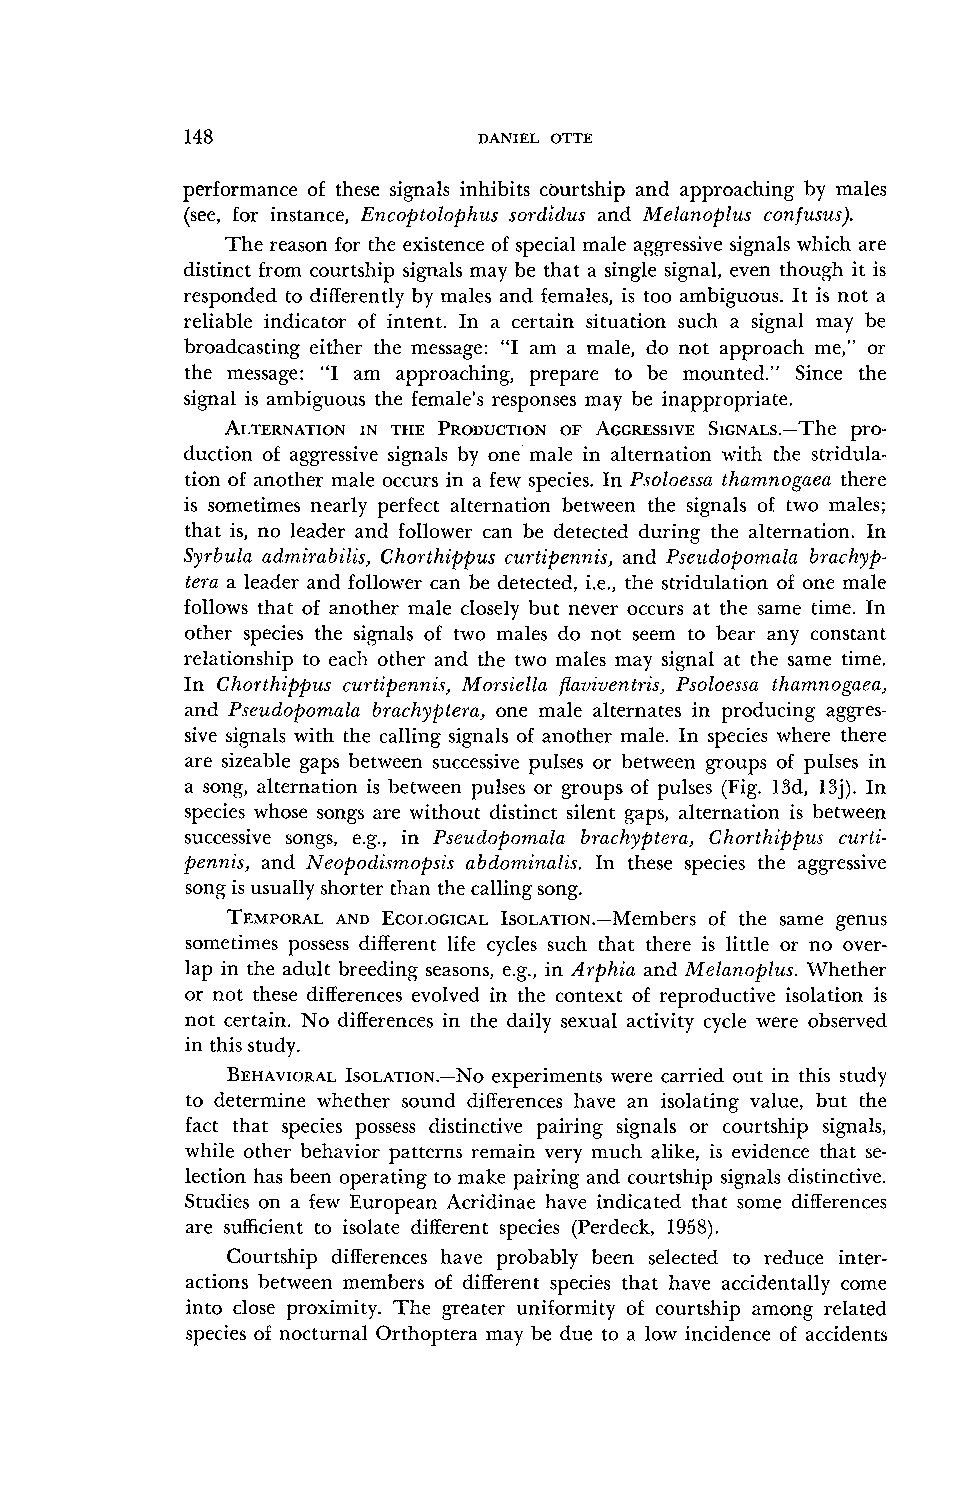
148                 DANIEL OTTE
 performance of these signals inhibits cburtship and approaching by males
 (see, for instance, Encoptolophus sordidus and Melanoplus confusus).
 The reason for the existence of special male aggressive signals which are
 distinct from courtship signals may be that a single signal, even though it is
 responded to differently by males and females, is too ambiguous. It is not a
 reliable indicator of intent. In a certain situation such a signal may be
 broadcasting either the message: "I am a male, do not approach me," or
 the message: "I am approaching, prepare to be mounted." Since the
 signal is ambiguous the female's responses may be inappropriate.
 ALTERNATIOINN THE PRODUCTIOONF AGGRESSIVSEI GNALS.--Tp~r~o -
 duction of aggressive signals by one male in alternation with the stridula-
 tion of another male occurs in a few species. In Psoloessa thamnogaea there
 is sometimes nearly perfect alternation between the signals of two males;
 that is, no leader and follower can be detected during the alternation. In
 Syrbula admirabilis, Chorthippus curtipennis, and Psezldopomala brachyp-
 tera a leader and follower can be detected, i.e., the stridulation of one male
 follows that of another male closely but never occurs at the same time. In
 other species the sicpals of two males do not seem to bear any constant
 relationship to each other and the two males may signal at the same time.
 In Chorthippus curtipennis, Morsiella paviventris, Psoloessa thamnogaea,
 and Pseudo;bomala brachyptera, one male alternates in producing aggres-
 sive signals with the calling signals of another male. In species where there
 are sizeable gaps between successive pulses or between groups of pulses in
 a song, alternation is between pulses or groups of pulses (Fig. 13d, 13j). In
 species whose songs are without distinct silent gaps, alternation is between
 successive songs, e.g., in Pseudopomala brachyptera, Chorthippus curti-
 pennis, and Neopodismopsis abdominalis. In these species the aggressive
 song is usually shorter than the calling song.
 TEMPORAANDL ECOLOGICAIsLo ~~~~oN.-Memboef rsth e same genus
 sometimes possess different life cycles such that there is little or no over-
 lap in the adult breeding seasons, e.g., in Arphia and Melanoplz~s.W hether
 or not these differences evolved in the context of reproductive isolation is
 not certain. No differences in the daily sexual activity cycle were observed
 in this study.
 BEHAVIORAISLO LATION.-NeOx periments were carried out in this study
 to determine whether sound differences have an isolating value, but the
 fact that species possess distinctive pairing signals or courtship signals,
 while other behavior patterns remain very much alike, is evidence that se-
 lection has been operating to make pairing and courtship signals distinctive.
 Studies on a few European Acridinae have indicated that some differences
 are sufficient to isolate different species (Perdeck, 1958).
 Courtship differences have probably been selected to reduce inter-
 actions between members of different species that have accidentally come
 into close proximity. The greater uniformity of courtship among related
 species of nocturnal Orthoptera may be due to a low incidence of accidents